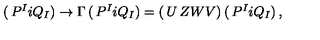
\left( \begin{matrix} { P ^ { I } } \\ { i Q _ { I } } \\ \end{matrix} \right) \rightarrow \Gamma \left( \begin{matrix} { P ^ { I } } \\ { i Q _ { I } } \\ \end{matrix} \right) = \left( \begin{matrix} { U } & { Z } \\ { W } & { V } \\ \end{matrix} \right) \left( \begin{matrix} { P ^ { I } } \\ { i Q _ { I } } \\ \end{matrix} \right) ,